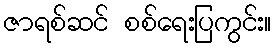
ဇာရစ်ဆင် စစ်ရေးပြကွင်း။